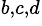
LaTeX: ^{b,c,d}